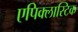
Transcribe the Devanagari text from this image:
एपिक्लास्टिक